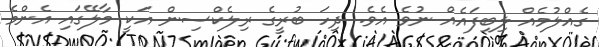
ގެއްލުމެއް ލިބިފައެއް ނުވެ އެވެ. ދިހަ ބުރީގެ ރިލެކްސިން އަކީ މާލޭގައި އެންމެ